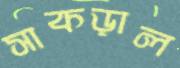
সাকড়াল